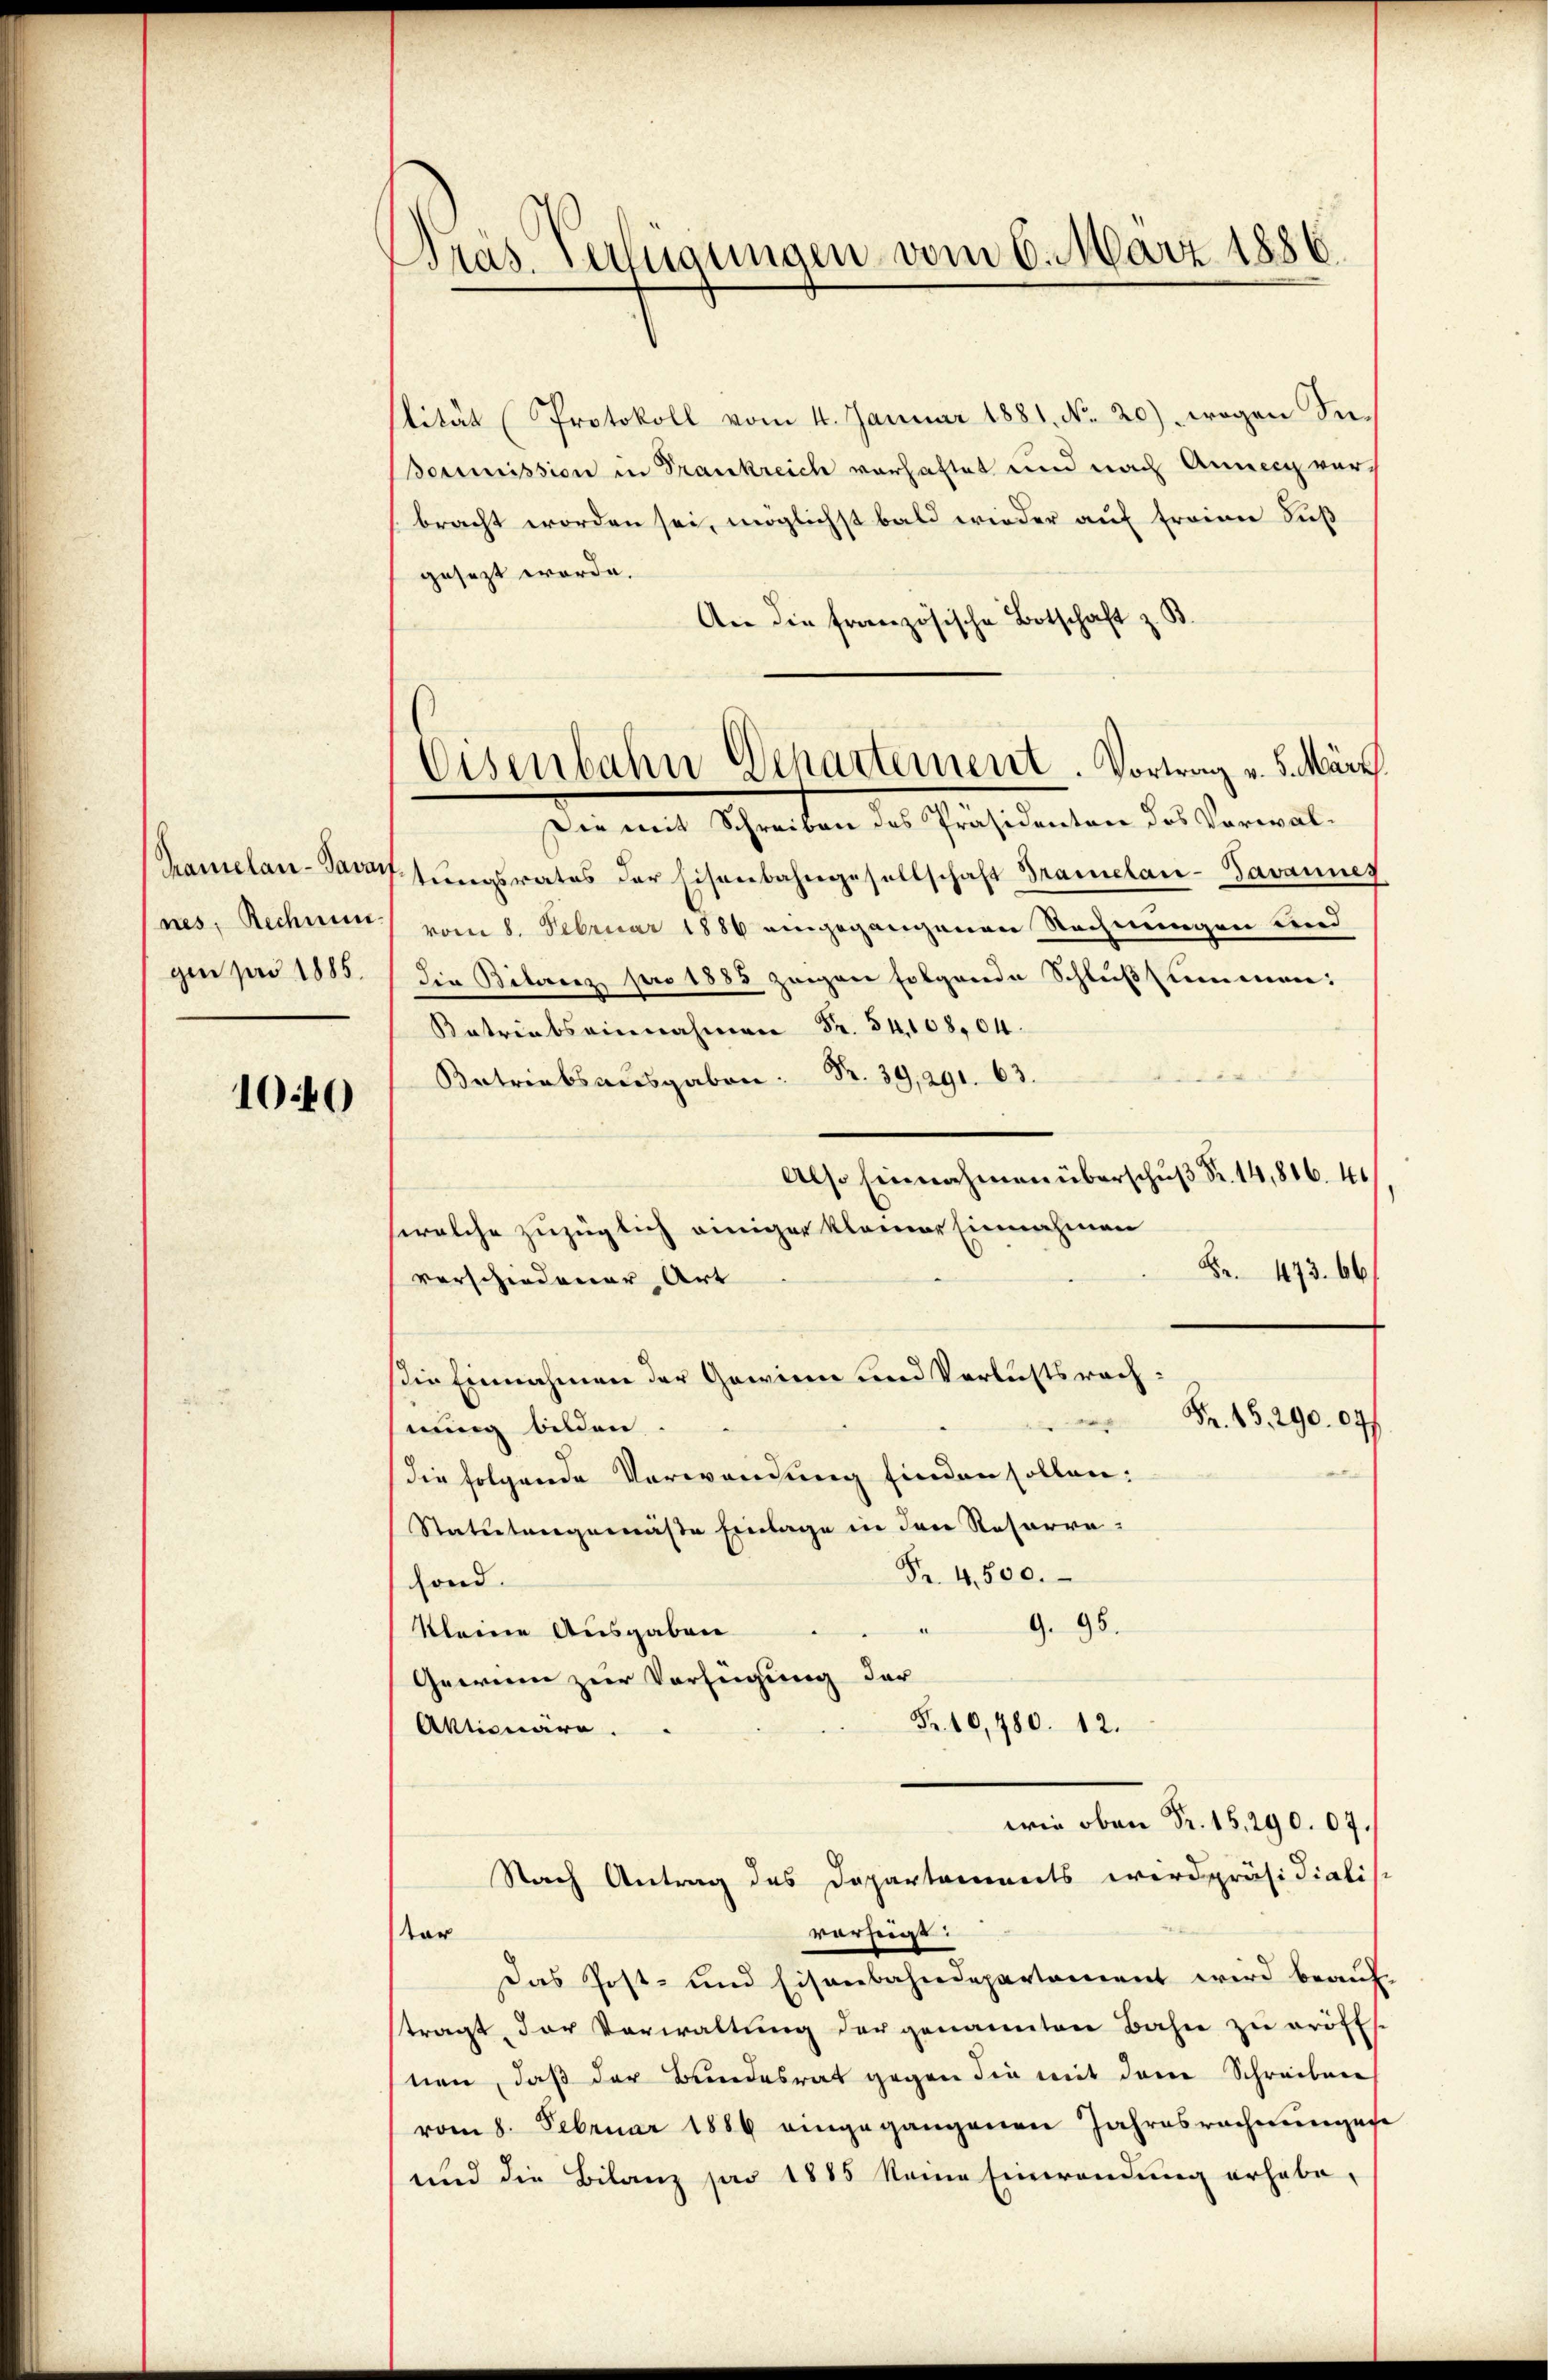
Pramelan-Pavant
nes, Rechnun
gen pro 1885.

1040

Dras Verfügungen vom 6. März 1886.

tität (Protokoll vom 4. Januar 1881. No. 20) wogen See
Bommission in Frankreich vorhaftet und nach Anneig ver-
bracht worden sei, möglichst bald wieder auf Frau Fuß
gesezt worde.
An die französische Botschaft z. B.
Die mit Schreiben des Präsidenten des Vorwaltungsrates der Eisenbahngesellschaft Gramelan-Tavannes
vom 8. Februar 1886 eingegangenen Rechnungen und
Die Bitaerz pro 1883 zeigen folgende Schlußsammen:
atriabseinnah
Betriebss.399. 63.
Also Einnahmen überschŭβ Fr. 14,816. 40
welche zuzüglich einiger kleiner Einnahmen
S. 473. 66
verschiedener Art
die Einnahmen der Gewinn und Verlusts rach
Fr. 15, 290. 07/
hnung bilden.
die folgende Verwendung finden sollen:
Statutengemäße Einlage in den Reharre
Fr. 4500.
fond.
9. 95.
kleine Ausgaben
d
Gewinn zur Verfügung der
Fr. 10,480. 12.
Aktionäre.
wie oben Fr. 15, 290. 07.
Nach Antrag des Departements wird präsidiali
vorzeigt:
ter
Das Post- und Eisenbahndepartement wird beaufstragt, der Vorwaltung der genannten Bahn zu eröffs.
nen, daß der Bundesrat gegen die mit dem Schreiben
vom 8. Februar 1886 eingegangenen Jahresrechnungese
und die Bilanz pro 1885 keine Einwendung erhabe,

Eisenbahn Departement. Vortrag v. 5. März.